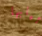
ثيابها